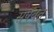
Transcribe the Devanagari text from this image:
सर्पवत्